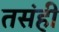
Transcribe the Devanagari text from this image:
तसंही